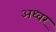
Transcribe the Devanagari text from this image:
अध्वर